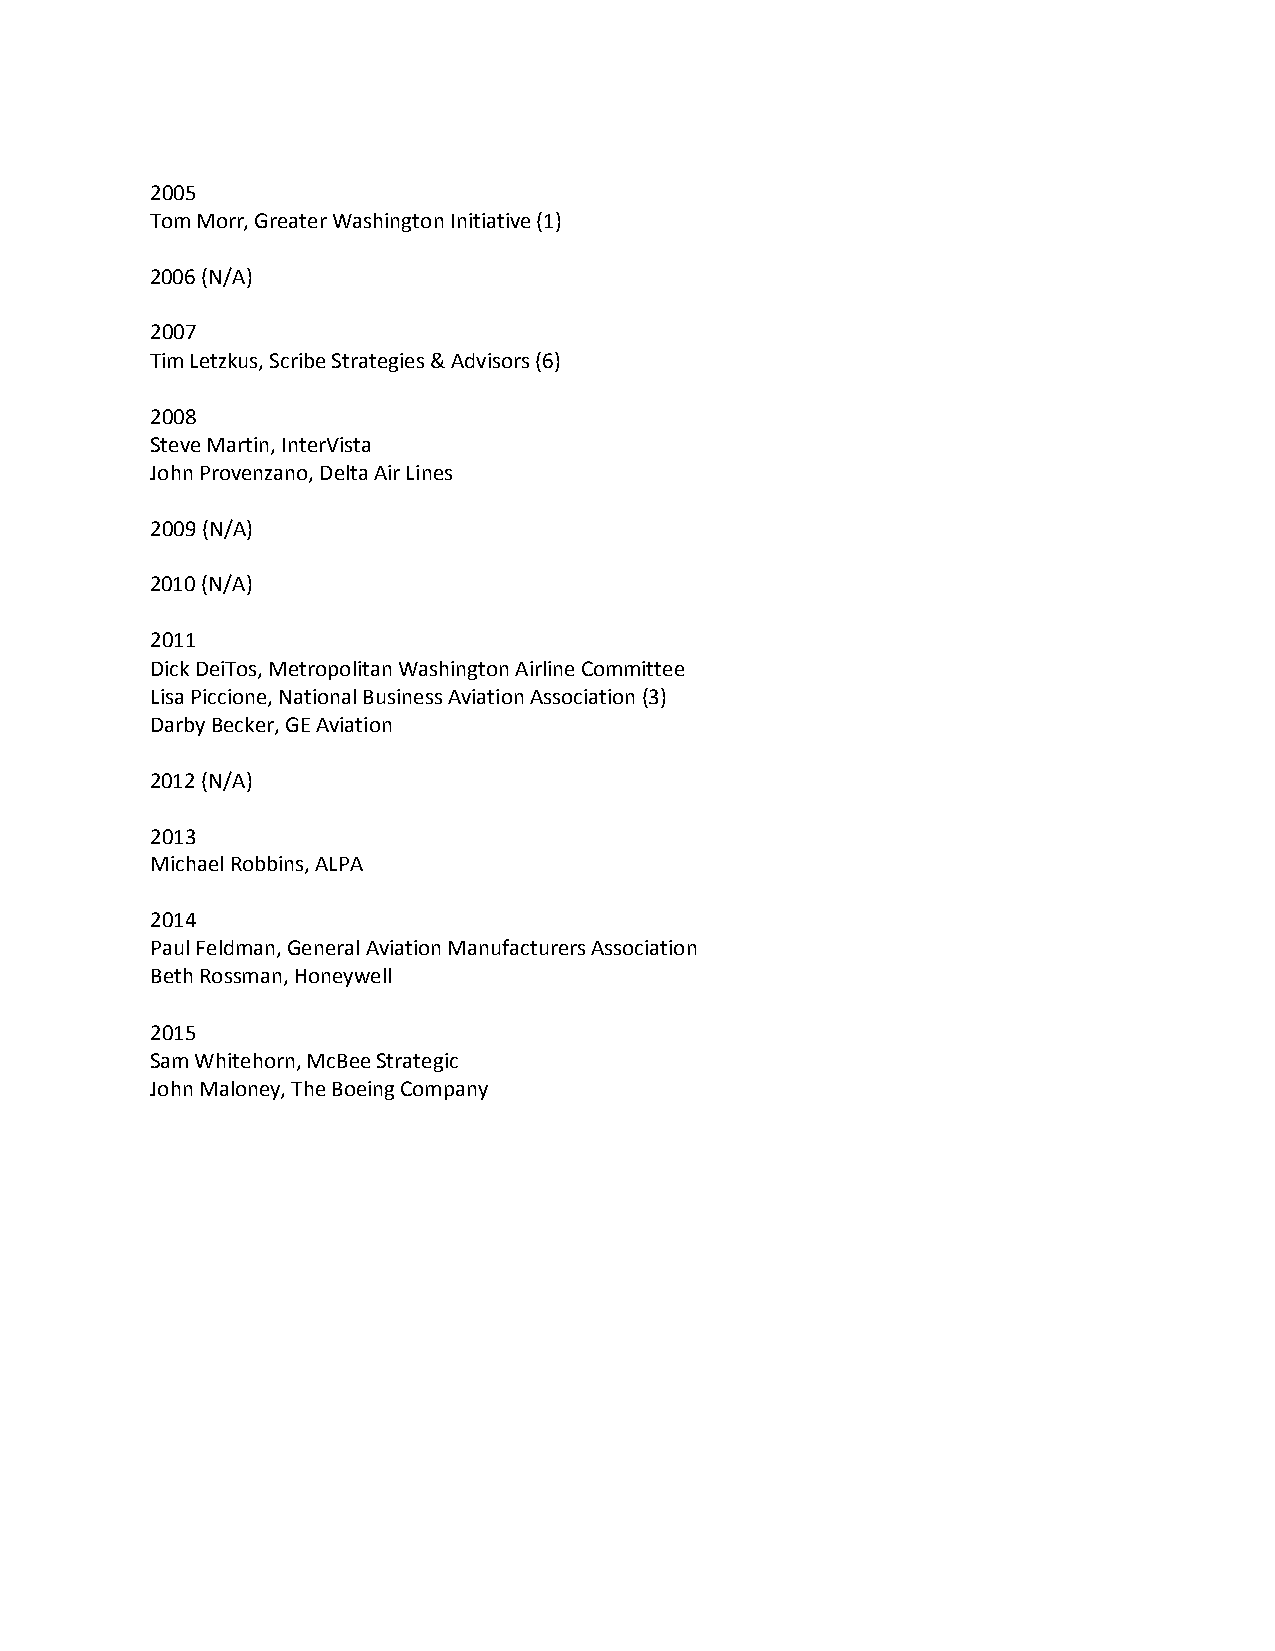
2005
 Tom Morr, Greater Washington Initiative (1)
 2006 (N/A)
 2007
 Tim Letzkus, Scribe Strategies & Advisors (6)
 2008
 Steve Martin, InterVista
 John Provenzano, Delta Air Lines
 2009 (N/A)
 2010 (N/A)
 2011
 Dick DeiTos, Metropolitan Washington Airline Committee
 Lisa Piccione, National Business Aviation Association (3)
 Darby Becker, GE Aviation
 2012 (N/A)
 2013
 Michael Robbins, ALPA
 2014
 Paul Feldman, General Aviation Manufacturers Association
 Beth Rossman, Honeywell
 2015
 Sam Whitehorn, McBee Strategic
 John Maloney, The Boeing Company